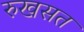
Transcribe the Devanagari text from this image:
रुखसत